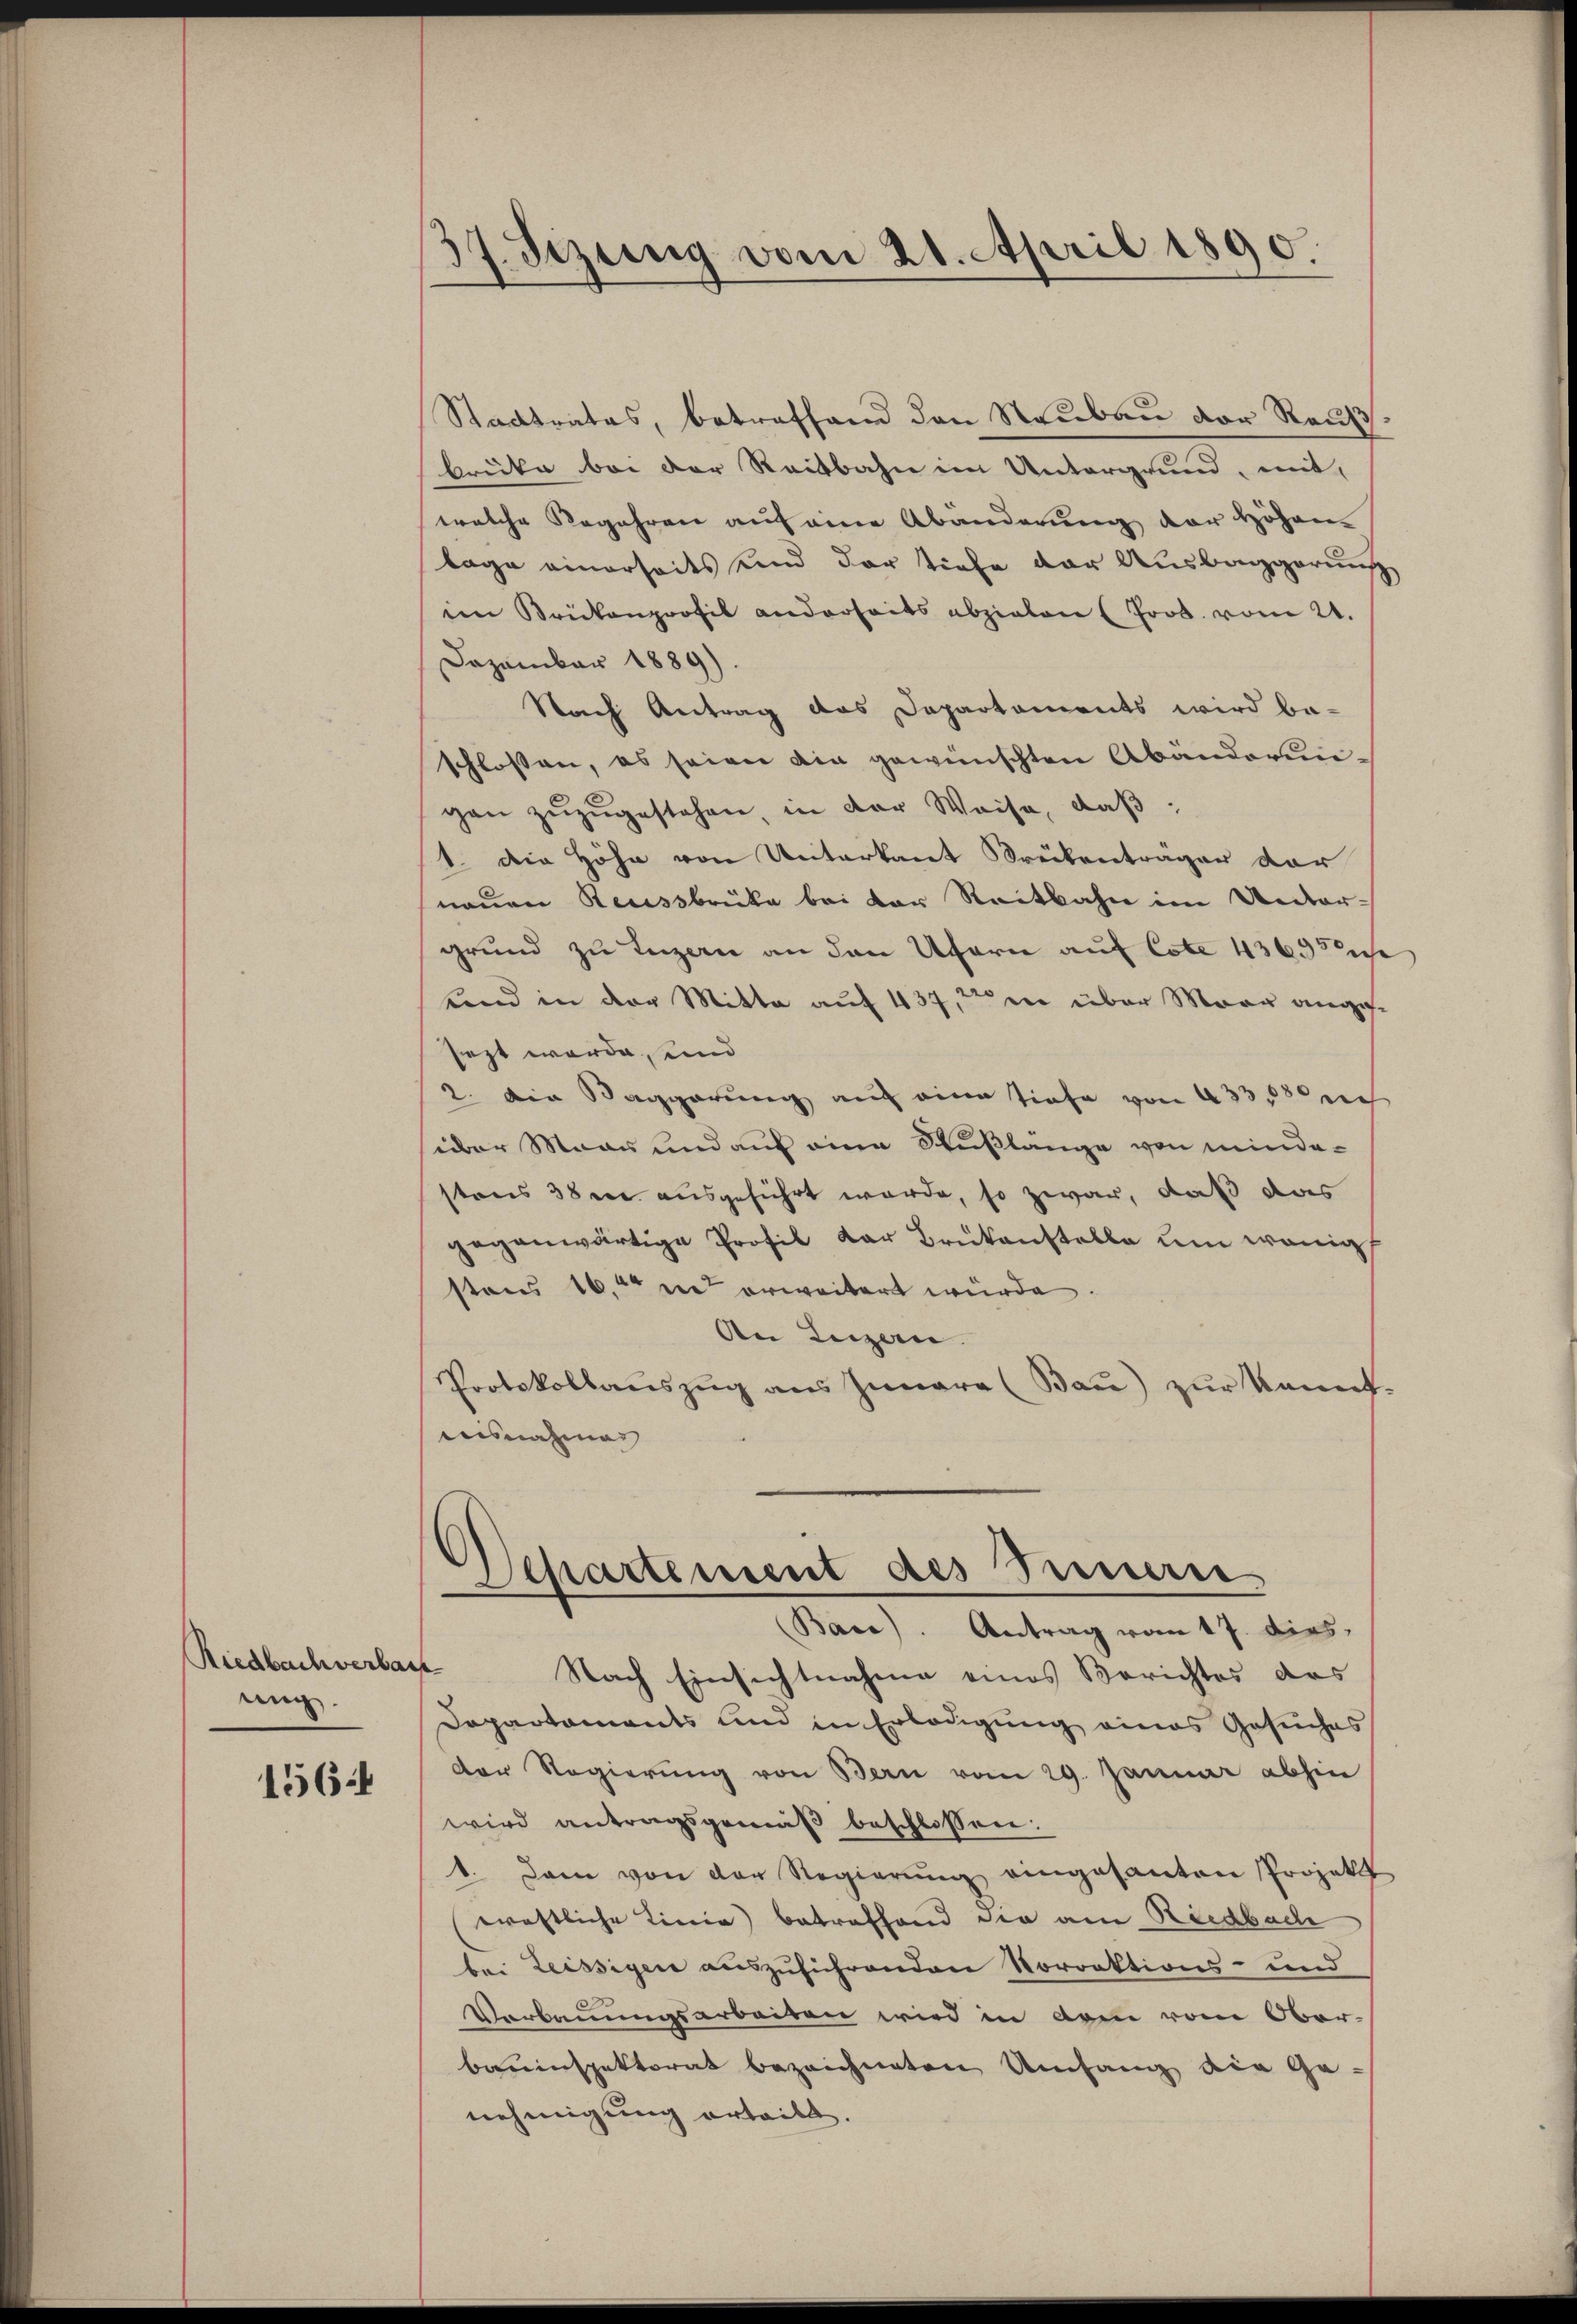
Riedbach verbaut
ung.

1564

37. Sizung vom 21. April 1890.

Stadtrates, betreffend den Neubau der Raubbrücke bei der Reitbahn im Untergrund, mit,
welche Regehren auf eine Abänderung der Höhenlage einerseits und der tiefe der Ausbaggerung
im Brückenprofil anderseits abzielen (Prod. vom 21.
Dezember 1889).
Nach Antrag das Departements wird be-
schlossen, es seien die gewünschten Abandorungen zŭzŭgestehen, in der Weise, daβ
1. die Höhe von Unterkant Krückenträger der
neuen Reussbrücke bei der Reitbahn im Untergrund zu Luzern an den Ufern auf Cote 436
Land in der Mitte auf 437, in über Maag angesezt werde, und
2. Die Saggerung auf eine tiefe von 433 leich
über Mann und auf eine Stußlänge von minde-
stens 38 u. ausgeführt werde, so zwar, daß das
gegenwärtige Profil der Brükenstelle um wenig
stens 16. in erweitert würde.
An Luzen.
Protokollauszug aus Iunara (Bau) zur kannt-
aisnahmen

Separtement des Innerie
Base). Antrag vom 17. dies,

Nach Einsichtnahme eines Berichtes des
Departaments und in Erledigung eines Gesuches
der Regierŭng von Bern vom 29. Januar abhin
wird antragsgemäß beschlossen:
1. Dann von der Regierŭng eingesanten Projekt
eraftliche Linie) betreffend die am Riedbach
bei Leissigen auszuführenden Norrektions- und
Verbauungsarbeiten wird in dem vom Oberbauinspektorat bezeichneten Umfang die Ge-
nehmigung erteilt.